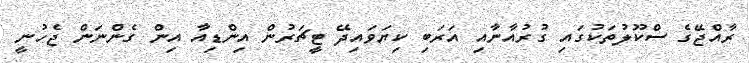
ރާއްޖޭގެ ސްކޫލުތަކުގައި ގުރުއާނާއި އަރަބި ކިޔަވައިދޭ ޓީޗަރުން އިންޑިއާ އިން ގެންނަން ޖެހުނީ